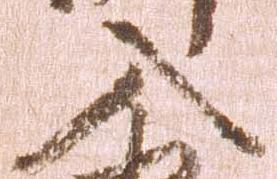
入